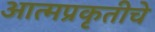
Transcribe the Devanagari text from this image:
आत्मप्रकृतीचे